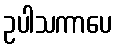
ဥပါသကာပေ